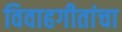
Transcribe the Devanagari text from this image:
विवाहगीतांचा